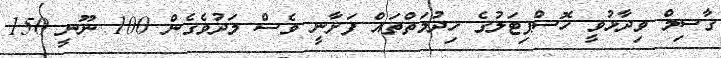
ގާސިމް ވިދާޅުވީ ހޮސްޕިޓަލުގެ ހިދުމަތްތައް ފަށާނީ ވެސް މަދުވެގެން 100 ނޫނީ 150